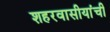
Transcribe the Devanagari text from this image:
शहरवासीयांची